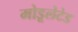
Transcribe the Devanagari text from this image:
मोडूलेटेड